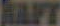
RAFT